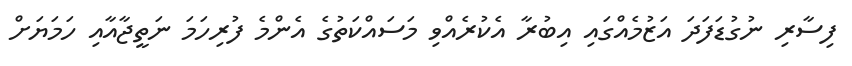
ފިސާރި ނުގުޑަފަދަ އަޒުމެއްގައި އިބުރާ އެކުރެއްވި މަސައްކަތުގެ އެންމެ ފުރިހަމަ ނަތީޖާއާއި ހަމަޔަށް